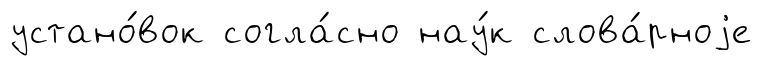
устано́вок согла́сно нау́к слова́рноjе